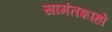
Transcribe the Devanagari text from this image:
सामंतशाहों